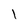
Character: 1